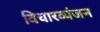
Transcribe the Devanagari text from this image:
विचारव्यंजन